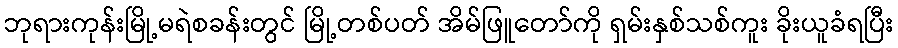
ဘုရားကုန်းမြို့မရဲစခန်းတွင် မြို့တစ်ပတ် အိမ်ဖြူတော်ကို ရှမ်းနှစ်သစ်ကူး ခိုးယူခံရပြီး